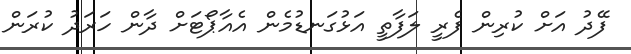
ފޭދު އަށް ކުރިން ފެރީ ލަފާތީ އަޅުގަނޑުމެން އެއާޕޯޓަށް ދާން ހަރަދު ކުރަން